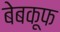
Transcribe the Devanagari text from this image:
बेबकूफ